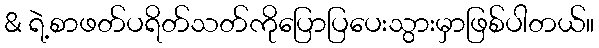
& ရဲ့စာဖတ်ပရိတ်သတ်ကိုပြောပြပေးသွားမှာဖြစ်ပါတယ်။